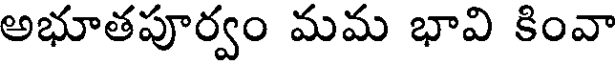
అభూతపూర్వం మమ భావి కింవా